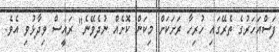
ފަސްއަހަރުގެ ތެރޭގައި ހުރިހާ ރަށަކަށް މިކަން ކޮށެއް ނުދެވޭނެ" ރައީސް ވިދާޅުވި އެވެ.